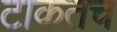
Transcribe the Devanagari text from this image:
टाकतच